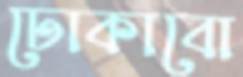
ঢোকাবো